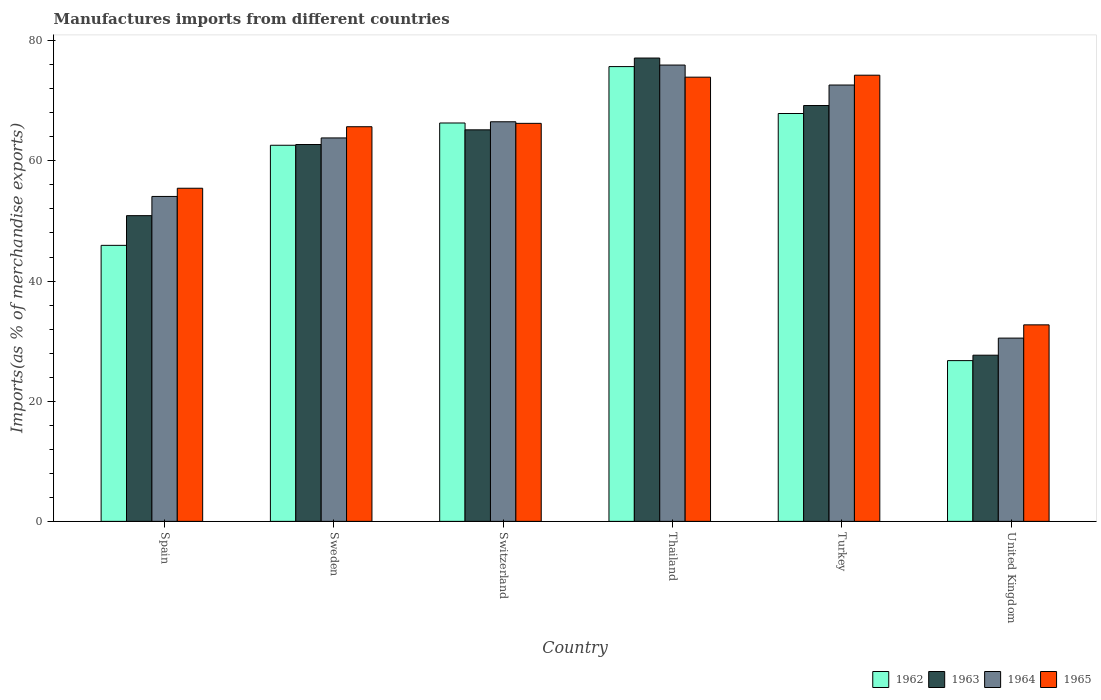
| Country | 1962 | 1963 | 1964 | 1965 |
 | --- | --- | --- | --- | --- |
 | Spain | 45.9 | 50.9 | 54.1 | 55.4 |
 | Sweden | 62.6 | 62.7 | 63.8 | 65.7 |
 | Switzerland | 66.3 | 65.2 | 66.5 | 66.2 |
 | Thailand | 75.7 | 77.1 | 75.9 | 73.9 |
 | Turkey | 67.9 | 69.2 | 72.6 | 74.3 |
 | United Kingdom | 26.8 | 27.7 | 30.5 | 32.7 |